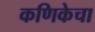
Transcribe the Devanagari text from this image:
कणिकेचा